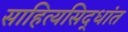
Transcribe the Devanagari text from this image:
साहित्यसिद्धांत